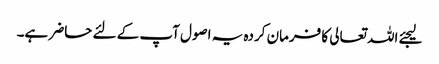
لیجئے اللہ تعالی کا فرمان کردہ یہ اصول آپ کے لئے حاضر ہے۔